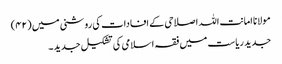
مولانا امانت اللہ اصلاحی کے افادات کی روشنی میں (۴۲)
جدید ریاست میں فقہ اسلامی کی تشکیل جدید ۔